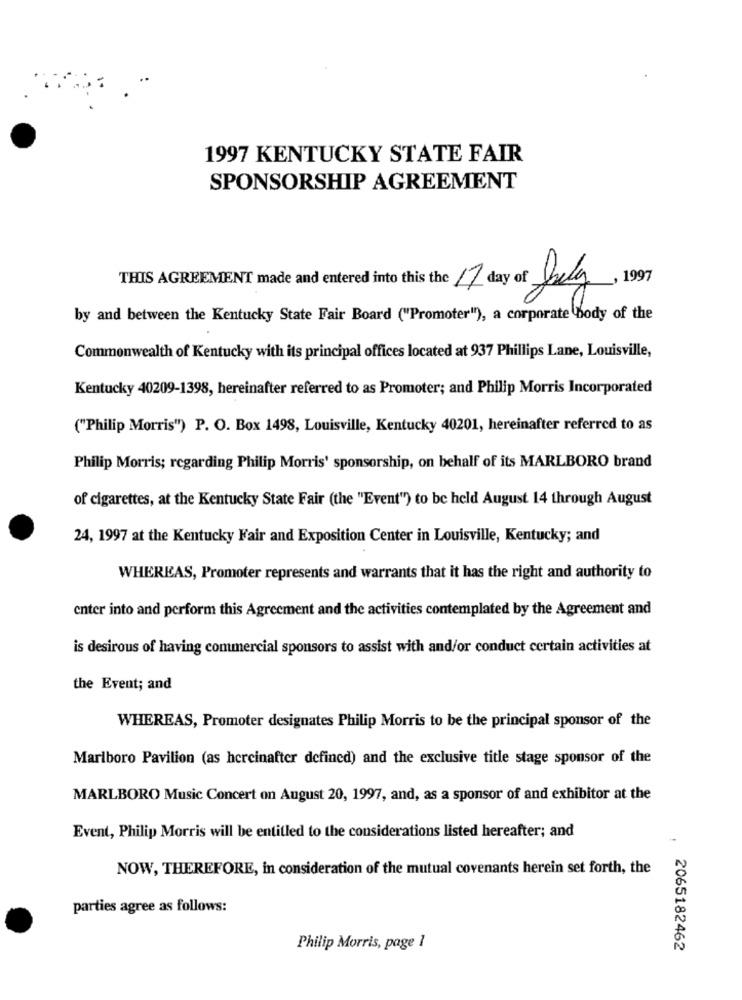
1997 KENTUCKY STATE FAIR
SPONSORSHIP AGREEMENT
THIS AGREEMENT made and entered into this the 7 day of July, 1997
by and between the Kentucky State Fair Board ("Promoter"), a corporate body of the
Commonwealth of Kentucky with its principal offices located at 937 Phillips Lane, Louisville,
Kentucky 40209-1398, hereinafter referred to as Promoter; and Philip Morris Incorporated
("Philip Morris") P. O. Box 1498, Louisville, Kentucky 40201, hereinafter referred to as
Philip Morris; regarding Philip Morris' sponsorship, on behalf of its MARLBORO brand
of cigarettes, at the Kentucky State Fair (the "Event") to be held August 14 through August
24, 1997 at the Kentucky Fair and Exposition Center in Louisville, Kentucky; and
WHEREAS, Promoter represents and warrants that it has the right and authority to
enter into and perform this Agreement and the activities contemplated by the Agreement and
is desirous of having commercial sponsors to assist with and/or conduct certain activities at
the Event; and
WHEREAS, Promoter designates Philip Morris to be the principal sponsor of the
Marlboro Pavilion (as hereinafter defined) and the exclusive title stage sponsor of the
MARLBORO Music Concert on August 20, 1997, and, as a sponsor of and exhibitor at the
Event, Philip Morris will be entitled to the considerations listed hereafter; and
NOW, THEREFORE, in consideration of the mutual covenants herein set forth, the
parties agree as follows:
Philip Morris, page 1
2065182462